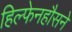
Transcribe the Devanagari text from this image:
हिल्फेनहौसने